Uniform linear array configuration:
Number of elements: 4
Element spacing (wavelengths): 0.25
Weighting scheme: binomial
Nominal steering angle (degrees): -45
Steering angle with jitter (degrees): -44.761
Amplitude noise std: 0.05
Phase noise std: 0.05

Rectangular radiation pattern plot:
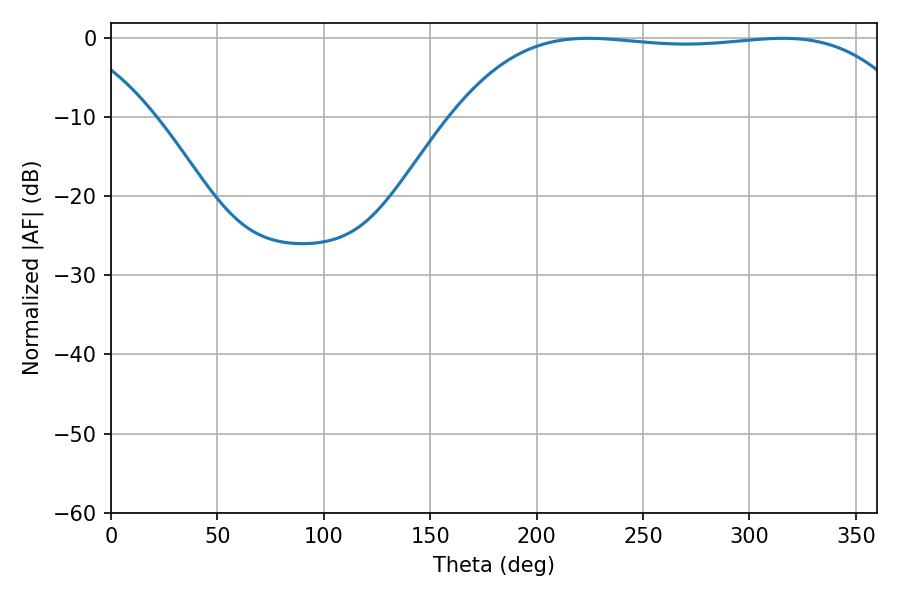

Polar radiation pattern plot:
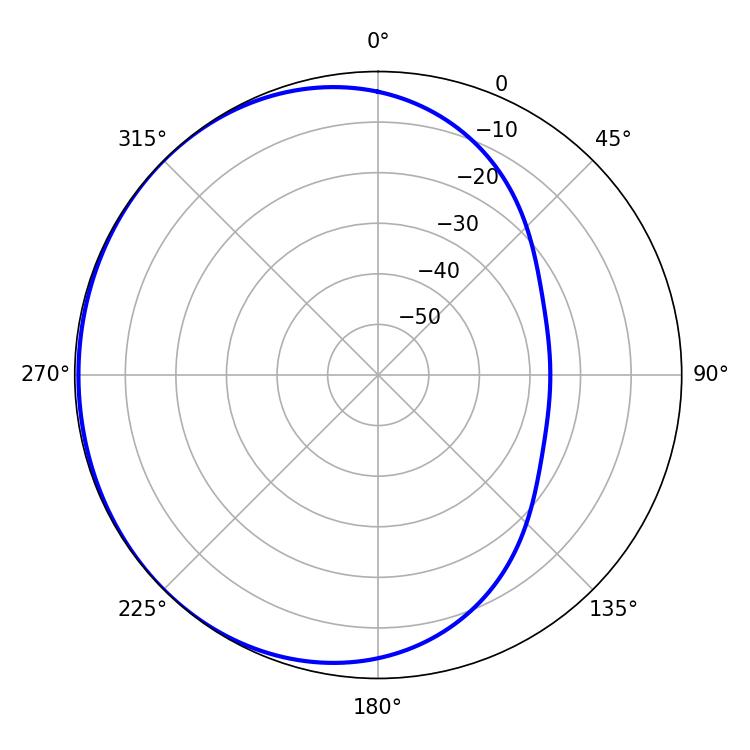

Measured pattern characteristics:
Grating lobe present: FALSE
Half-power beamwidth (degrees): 169.56
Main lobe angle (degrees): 224.28